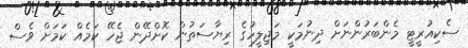
ސެކިއުރީޓީ މެންބަރުންނަށް ދިނުމަކީ މަޖިލީހުގެ ރިޔާސަތުން ކޮށްދޭން ޖެހޭ ކަމެއް ކަމަށް ވެސް